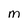
Character: M